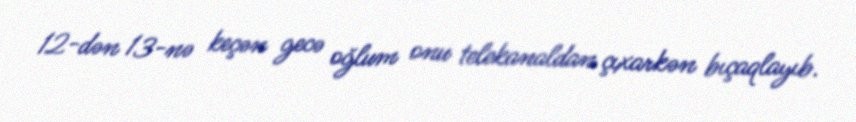
12-dən 13-nə keçən gecə oğlum onu telekanaldan çıxarkən bıçaqlayıb.